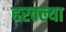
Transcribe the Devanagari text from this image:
हरवल्या